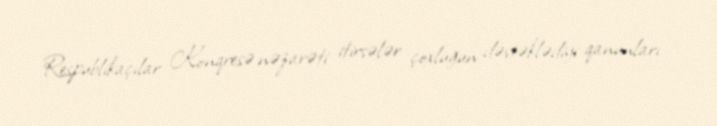
Respublikaçılar Konqresə nəzarəti itirsələr çoxluğun dəstəklədiyi qanunları